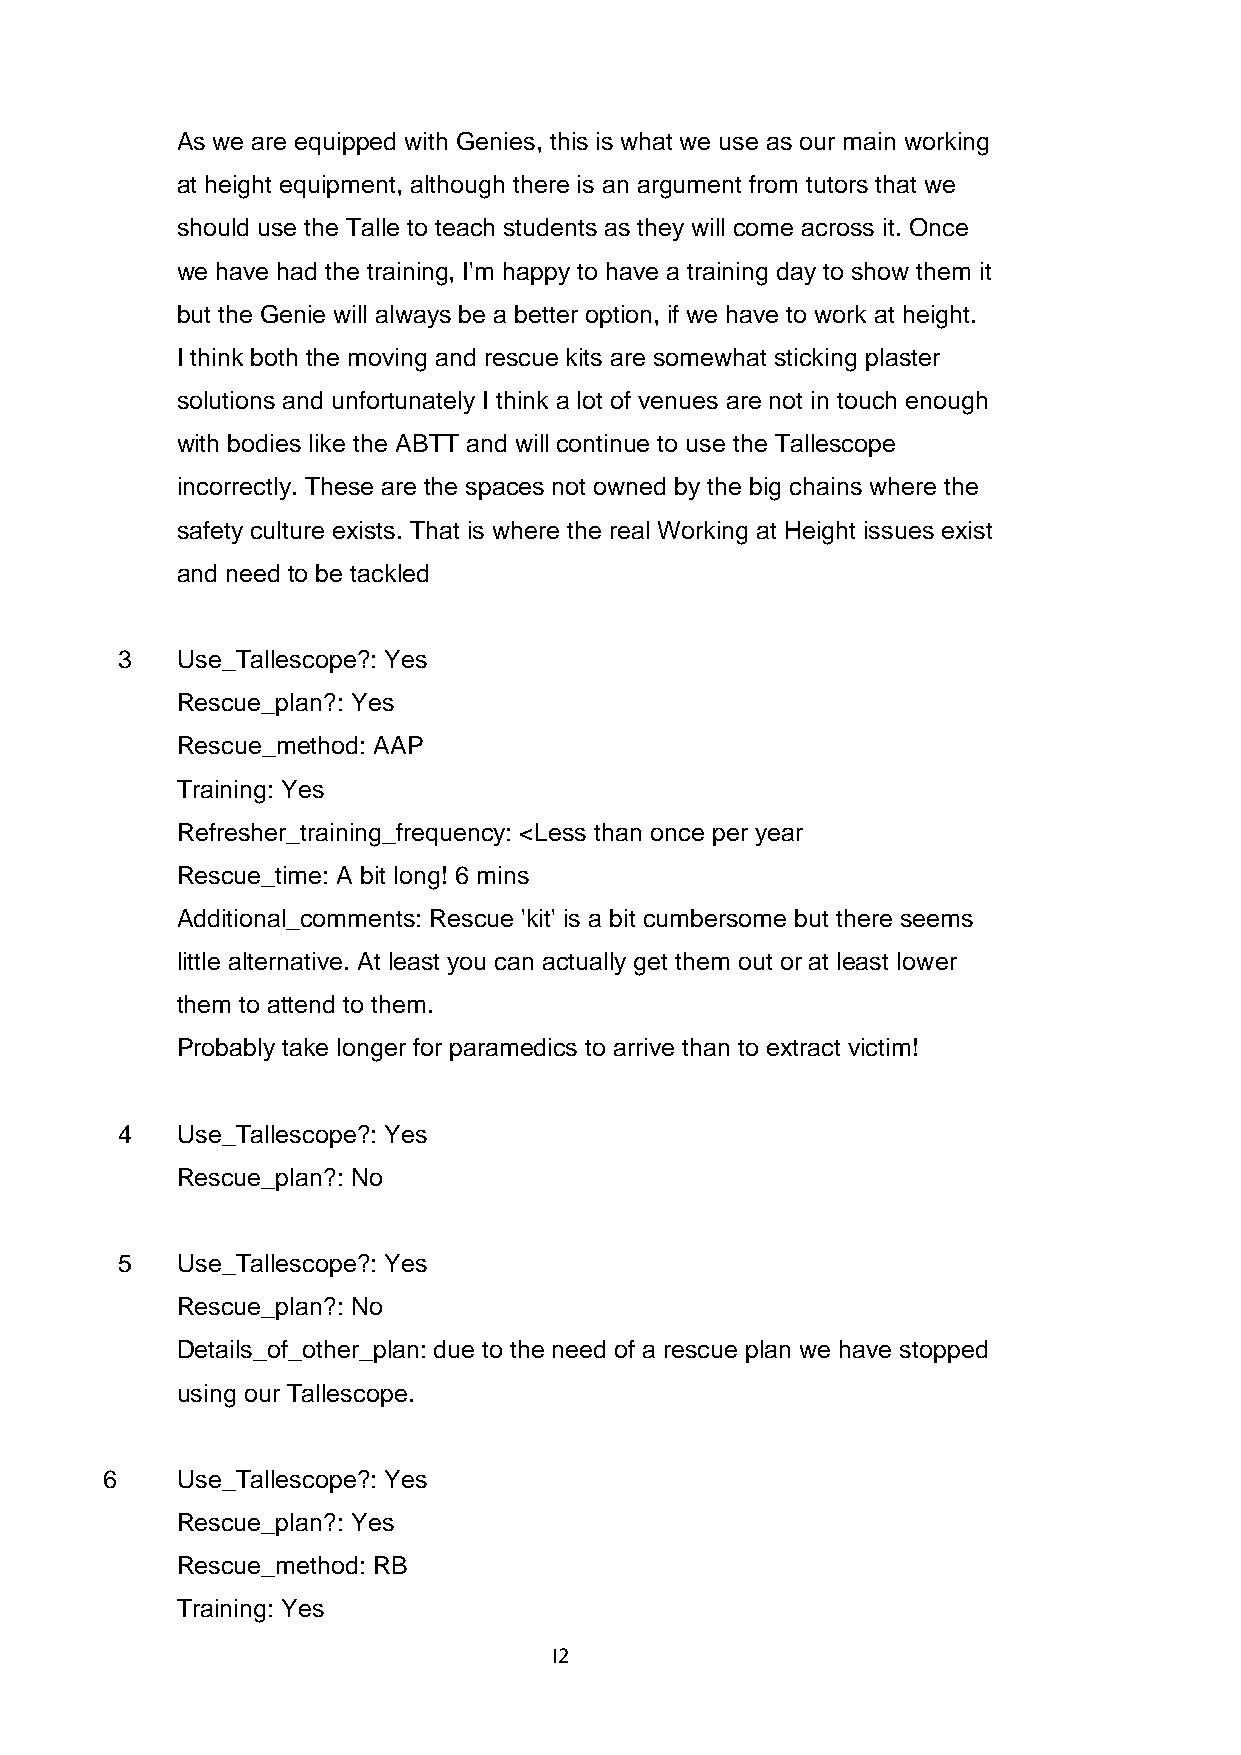
As we are equipped with Genies, this is what we use as our main working
 at height equipment, although there is an argument from tutors that we
 should use the Talle to teach students as they will come across it. Once
 we have had the training, I'm happy to have a training day to show them it
 but the Genie will always be a better option, if we have to work at height.
 I think both the moving and rescue kits are somewhat sticking plaster
 solutions and unfortunately I think a lot of venues are not in touch enough
 with bodies like the ABTT and will continue to use the Tallescope
 incorrectly. These are the spaces not owned by the big chains where the
 safety culture exists. That is where the real Working at Height issues exist
 and need to be tackled
 3   Use_Tallescope?: Yes
 Rescue_plan?: Yes
 Rescue_method: AAP
 Training: Yes
 Refresher_training_frequency: <Less than once per year
 Rescue_time: A bit long! 6 mins
 Additional_comments: Rescue 'kit' is a bit cumbersome but there seems
 little alternative. At least you can actually get them out or at least lower
 them to attend to them.
 Probably take longer for paramedics to arrive than to extract victim!
 4   Use_Tallescope?: Yes
 Rescue_plan?: No
 5   Use_Tallescope?: Yes
 Rescue_plan?: No
 Details_of_other_plan: due to the need of a rescue plan we have stopped
 using our Tallescope.
 6    Use_Tallescope?: Yes
 Rescue_plan?: Yes
 Rescue_method: RB
 Training: Yes
 I2